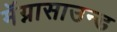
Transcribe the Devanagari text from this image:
मॅग्नासाउन्ड